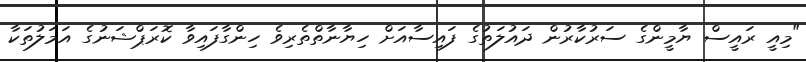
"މިއީ ރައީސް ޔާމީންގެ ސަރުކާރުން ދައުލަތުގެ ފައިސާއަށް ހިޔާނާތްތެރިވެ ހިންގާފައިވާ ކޮރަޕްޝަނުގެ އަމަލުތަކާ